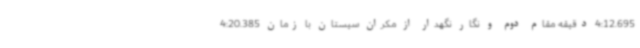
4:12.695 دقیقه مقام دوم و نگار نگهدار از مکران سیستان با زمان 4:20.385